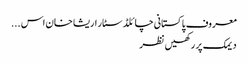
معروف پاکستانی چائلڈ سٹار اریشا خان اس ...
دیمک پر رکھیں نظر